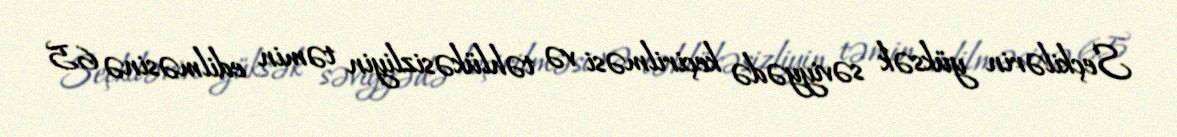
Seçkilərin yüksək səviyyədə keçirilməsi və təhlükəsizliyin təmin edilməsinə 65